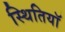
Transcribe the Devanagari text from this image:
स्थितियॉ